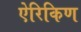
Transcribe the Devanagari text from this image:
ऐरिकिण